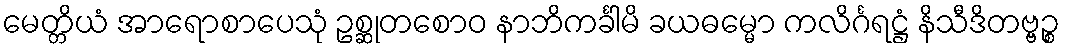
မေတ္တိယံ အာရောစာပေသုံ ဥစ္ဆုတစောဝ နာဘိကင်္ခါမိ ခယဓမ္မော ကလိင်္ဂရဋ္ဌံ နိသီဒိတဗ္ဗဉ္စ